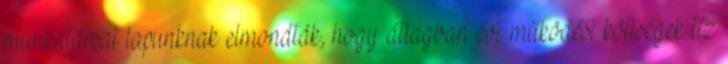
munkatársai lapunknak elmondták, hogy átlagban évi működési költségek tíz